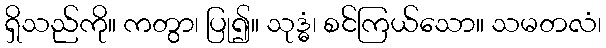
ရှိသည်ကို။ ကတွာ၊ ပြု၍။ သုဒ္ဓံ၊ စင်ကြယ်သော။ သမတလံ၊